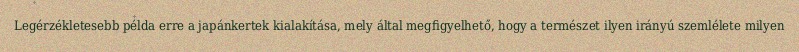
Legérzékletesebb példa erre a japánkertek kialakítása, mely által megfigyelhető, hogy a természet ilyen irányú szemlélete milyen